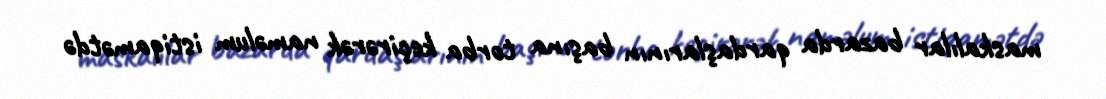
maskalılar bazarda qardaşlarının başına torba keçirərək naməlum istiqamətdə